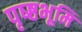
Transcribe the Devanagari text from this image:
पृष्ष्ठभूमि